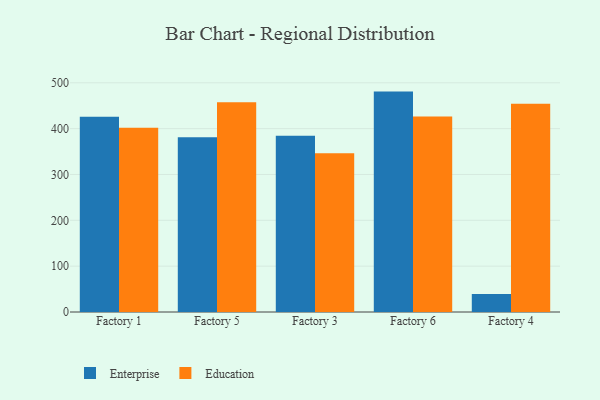
{"axis": {"x": "Factory", "y": "Conversion Rate (%)"}, "legend": ["Education", "Enterprise"], "data": [{"x": "Factory 1", "y": 426.2, "type": "Enterprise"}, {"x": "Factory 1", "y": 401.9, "type": "Education"}, {"x": "Factory 5", "y": 381.3, "type": "Enterprise"}, {"x": "Factory 5", "y": 457.6, "type": "Education"}, {"x": "Factory 3", "y": 384.5, "type": "Enterprise"}, {"x": "Factory 3", "y": 346.5, "type": "Education"}, {"x": "Factory 6", "y": 480.8, "type": "Enterprise"}, {"x": "Factory 6", "y": 426.5, "type": "Education"}, {"x": "Factory 4", "y": 39.2, "type": "Enterprise"}, {"x": "Factory 4", "y": 454.3, "type": "Education"}]}